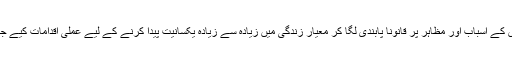
تعیش کے اسباب اور مظاہر پر قانوناً پابندی لگا کر معیار زندگی میں زیادہ سے زیادہ یکسانیت پیدا کرنے کے لیے عملی اقدامات کیے جائیں۔